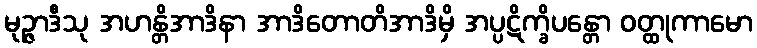
မုဉ္ဇာဒီသု အဟန္တိအာဒိနာ အာဒိတောတိအာဒိမှိ အပ္ပဋိက္ခိပန္တော ဝတ္ထုကာမော